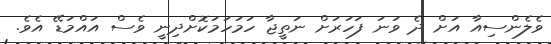
ވެލެންސިއާ އަށް ދެ ވަނަ ފަހަރަށް ނަތީޖާ ހަމަހަމަކޮށްދިނީ ވެސް އައްމަޑޭ އެވެ.